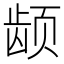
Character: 𬺂